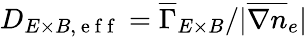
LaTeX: D_{E\times B,\mathrm{~e~f~f~}}=\overline{{\Gamma}}_{E\times B}/|\overline{{\nabla n}}_{e}|